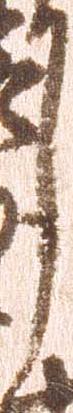
月